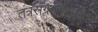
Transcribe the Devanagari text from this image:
तंत्रसंग्रहव्याख्या